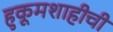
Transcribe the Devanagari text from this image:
हुकूमशाहीची